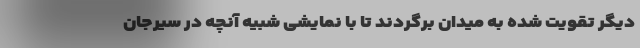
دیگر تقویت شده به میدان برگردند تا با نمایشی شبیه آنچه در سیرجان